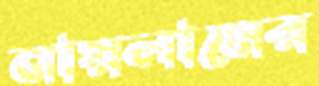
নায়লামের